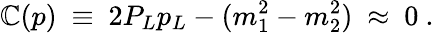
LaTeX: \mathbb{C}(p)\ \equiv\ 2P_{L}p_{L}-(m_{1}^{2}-m_{2}^{2})\ \approx\ 0\ .